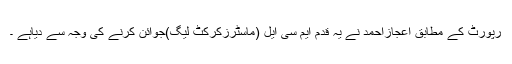
رپورٹ کے مطابق اعجازاحمد نے یہ قدم ایم سی ایل (ماسٹرزکرکٹ لیگ)جوائن کرنے کی وجہ سے دیاہے ۔